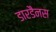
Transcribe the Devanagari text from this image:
डारडैनस